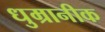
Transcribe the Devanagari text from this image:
धुम्रानीक